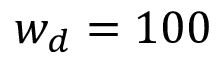
w _ { d } = 1 0 0